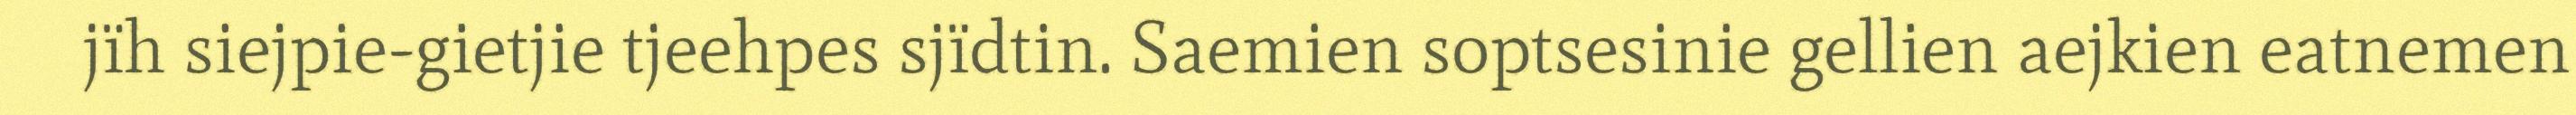
jïh siejpie-gietjie tjeehpes sjïdtin. Saemien soptsesinie gellien aejkien eatnemen